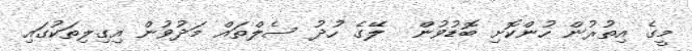
މީގެ އިތުރުން ހުންކޮށި ބޮޑުވުން  ލޭގެ ހުދު ސެލްތައް މަދުވުން އިގިލިތަކުގައި